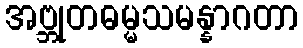
အဗ္ဘုတဓမ္မသမန္နာဂတာ